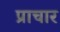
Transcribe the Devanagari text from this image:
प्राचार